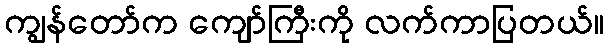
ကျွန်တော်က ကျော်ကြီးကို လက်ကာပြတယ်။